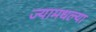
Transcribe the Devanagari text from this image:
ज्यामधल्या